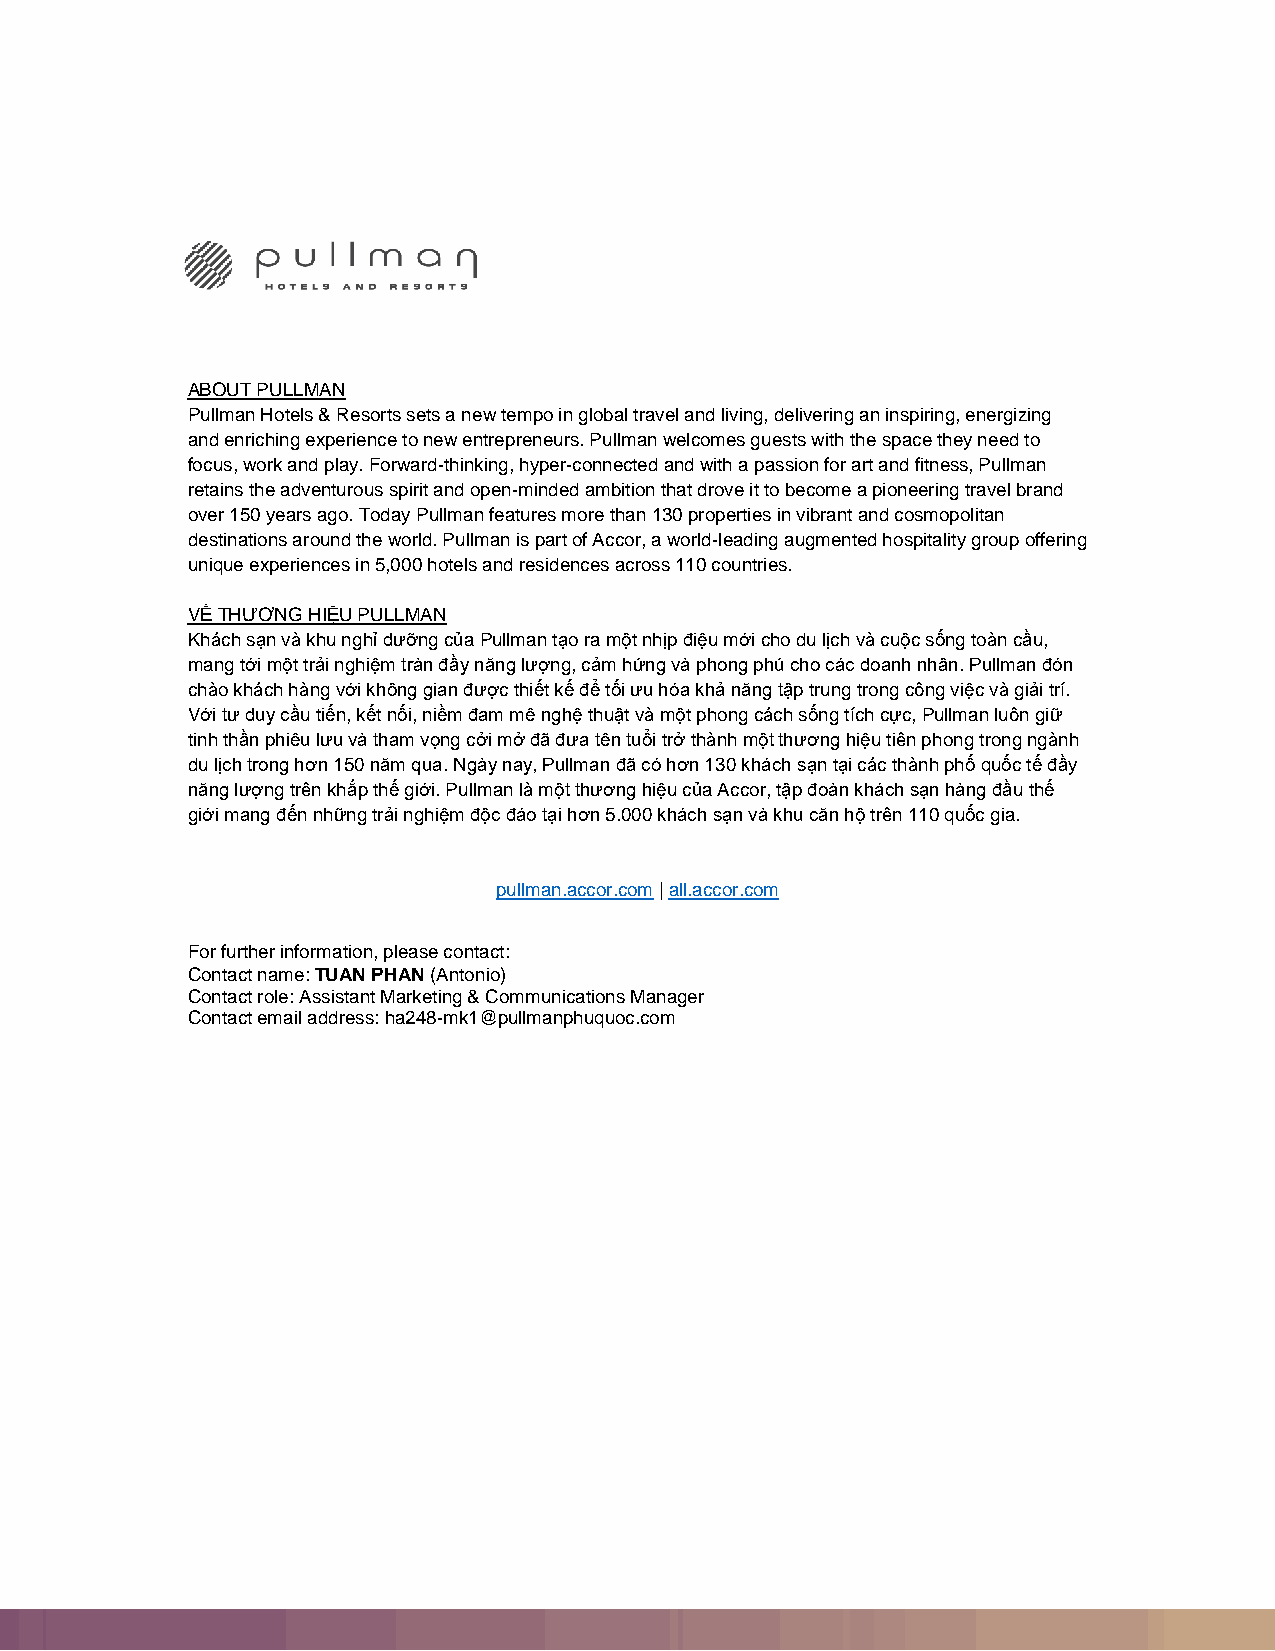
ABOUT PULLMAN
 Pullman Hotels & Resorts sets a new tempo in global travel and living, delivering an inspiring, energizing
 and enriching experience to new entrepreneurs. Pullman welcomes guests with the space they need to
 focus, work and play. Forward-thinking, hyper-connected and with a passion for art and fitness, Pullman
 retains the adventurous spirit and open-minded ambition that drove it to become a pioneering travel brand
 over 150 years ago. Today Pullman features more than 130 properties in vibrant and cosmopolitan
 destinations around the world. Pullman is part of Accor, a world-leading augmented hospitality group offering
 unique experiences in 5,000 hotels and residences across 110 countries.
 VỀ THƯƠNG HIỆU PULLMAN
 Khách sạn và khu nghỉ dưỡng của Pullman tạo ra một nhịp điệu mới cho du lịch và cuộc sống toàn cầu,
 mang tới một trải nghiệm tràn đầy năng lượng, cảm hứng và phong phú cho các doanh nhân. Pullman đón
 chào khách hàng với không gian được thiết kế để tối ưu hóa khả năng tập trung trong công việc và giải trí.
 Với tư duy cầu tiến, kết nối, niềm đam mê nghệ thuật và một phong cách sống tích cực, Pullman luôn giữ
 tinh thần phiêu lưu và tham vọng cởi mở đã đưa tên tuổi trở thành một thương hiệu tiên phong trong ngành
 du lịch trong hơn 150 năm qua. Ngày nay, Pullman đã có hơn 130 khách sạn tại các thành phố quốc tế đầy
 năng lượng trên khắp thế giới. Pullman là một thương hiệu của Accor, tập đoàn khách sạn hàng đầu thế
 giới mang đến những trải nghiệm độc đáo tại hơn 5.000 khách sạn và khu căn hộ trên 110 quốc gia.
 pullman.accor.com | all.accor.com
 For further information, please contact:
 Contact name: TUAN PHAN (Antonio)
 Contact role: Assistant Marketing & Communications Manager
 Contact email address: ha248-mk1@pullmanphuquoc.com